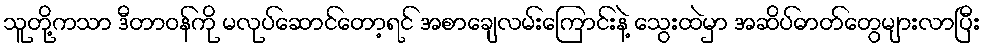
သူတို့ကသာ ဒီတာဝန်ကို မလုပ်ဆောင်တော့ရင် အစာချေလမ်းကြောင်းနဲ့ သွေးထဲမှာ အဆိပ်ဓာတ်တွေများလာပြီး